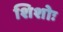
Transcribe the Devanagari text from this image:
शिशोः